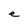
Character: e